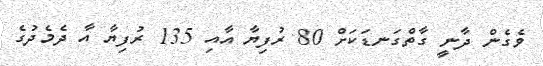
ވެގެން ދާނީ ގާތްގަނޑަކަށް 80 ރުފިޔާ އާއި 135 ރުފިޔާ އާ ދެމެދުގެ